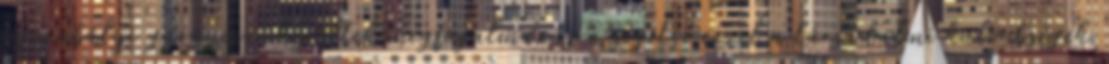
jogszabályi garanciái kerültek megfogalmazásra segítve ezzel a társadalmi különbségek